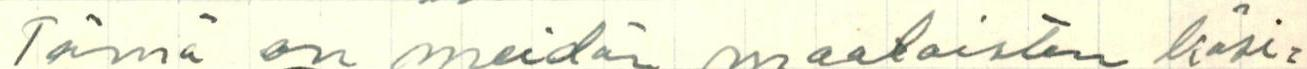
Tämä on meidän maalaisten käsi=